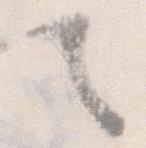
て